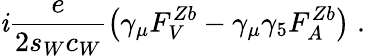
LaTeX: \mathit{i}\frac{{e}}{{2s_{W}c_{W}}}\left(\gamma_{\mu}F_{V}^{Zb}-\gamma_{\mu}\gamma_{5}F_{A}^{Zb}\right)\; .